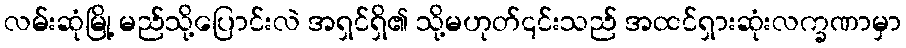
လမ်းဆုံမြို့ မည်သို့ပြောင်းလဲ အရှင်ရှိ၏ သို့မဟုတ်၎င်းသည် အထင်ရှားဆုံးလက္ခဏာမှာ